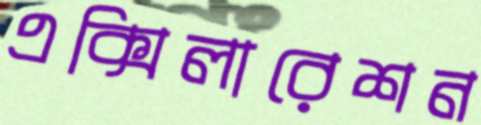
এক্সিলারেশন